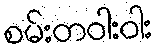
စမ်းတဝါးဝါး